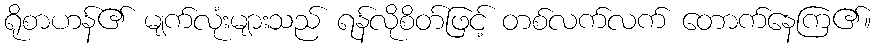
ရိုစာဟန်၏ မျက်လုံးများသည် ရန်လိုစိတ်ဖြင့် တစ်လက်လက် တောက်နေကြ၏။